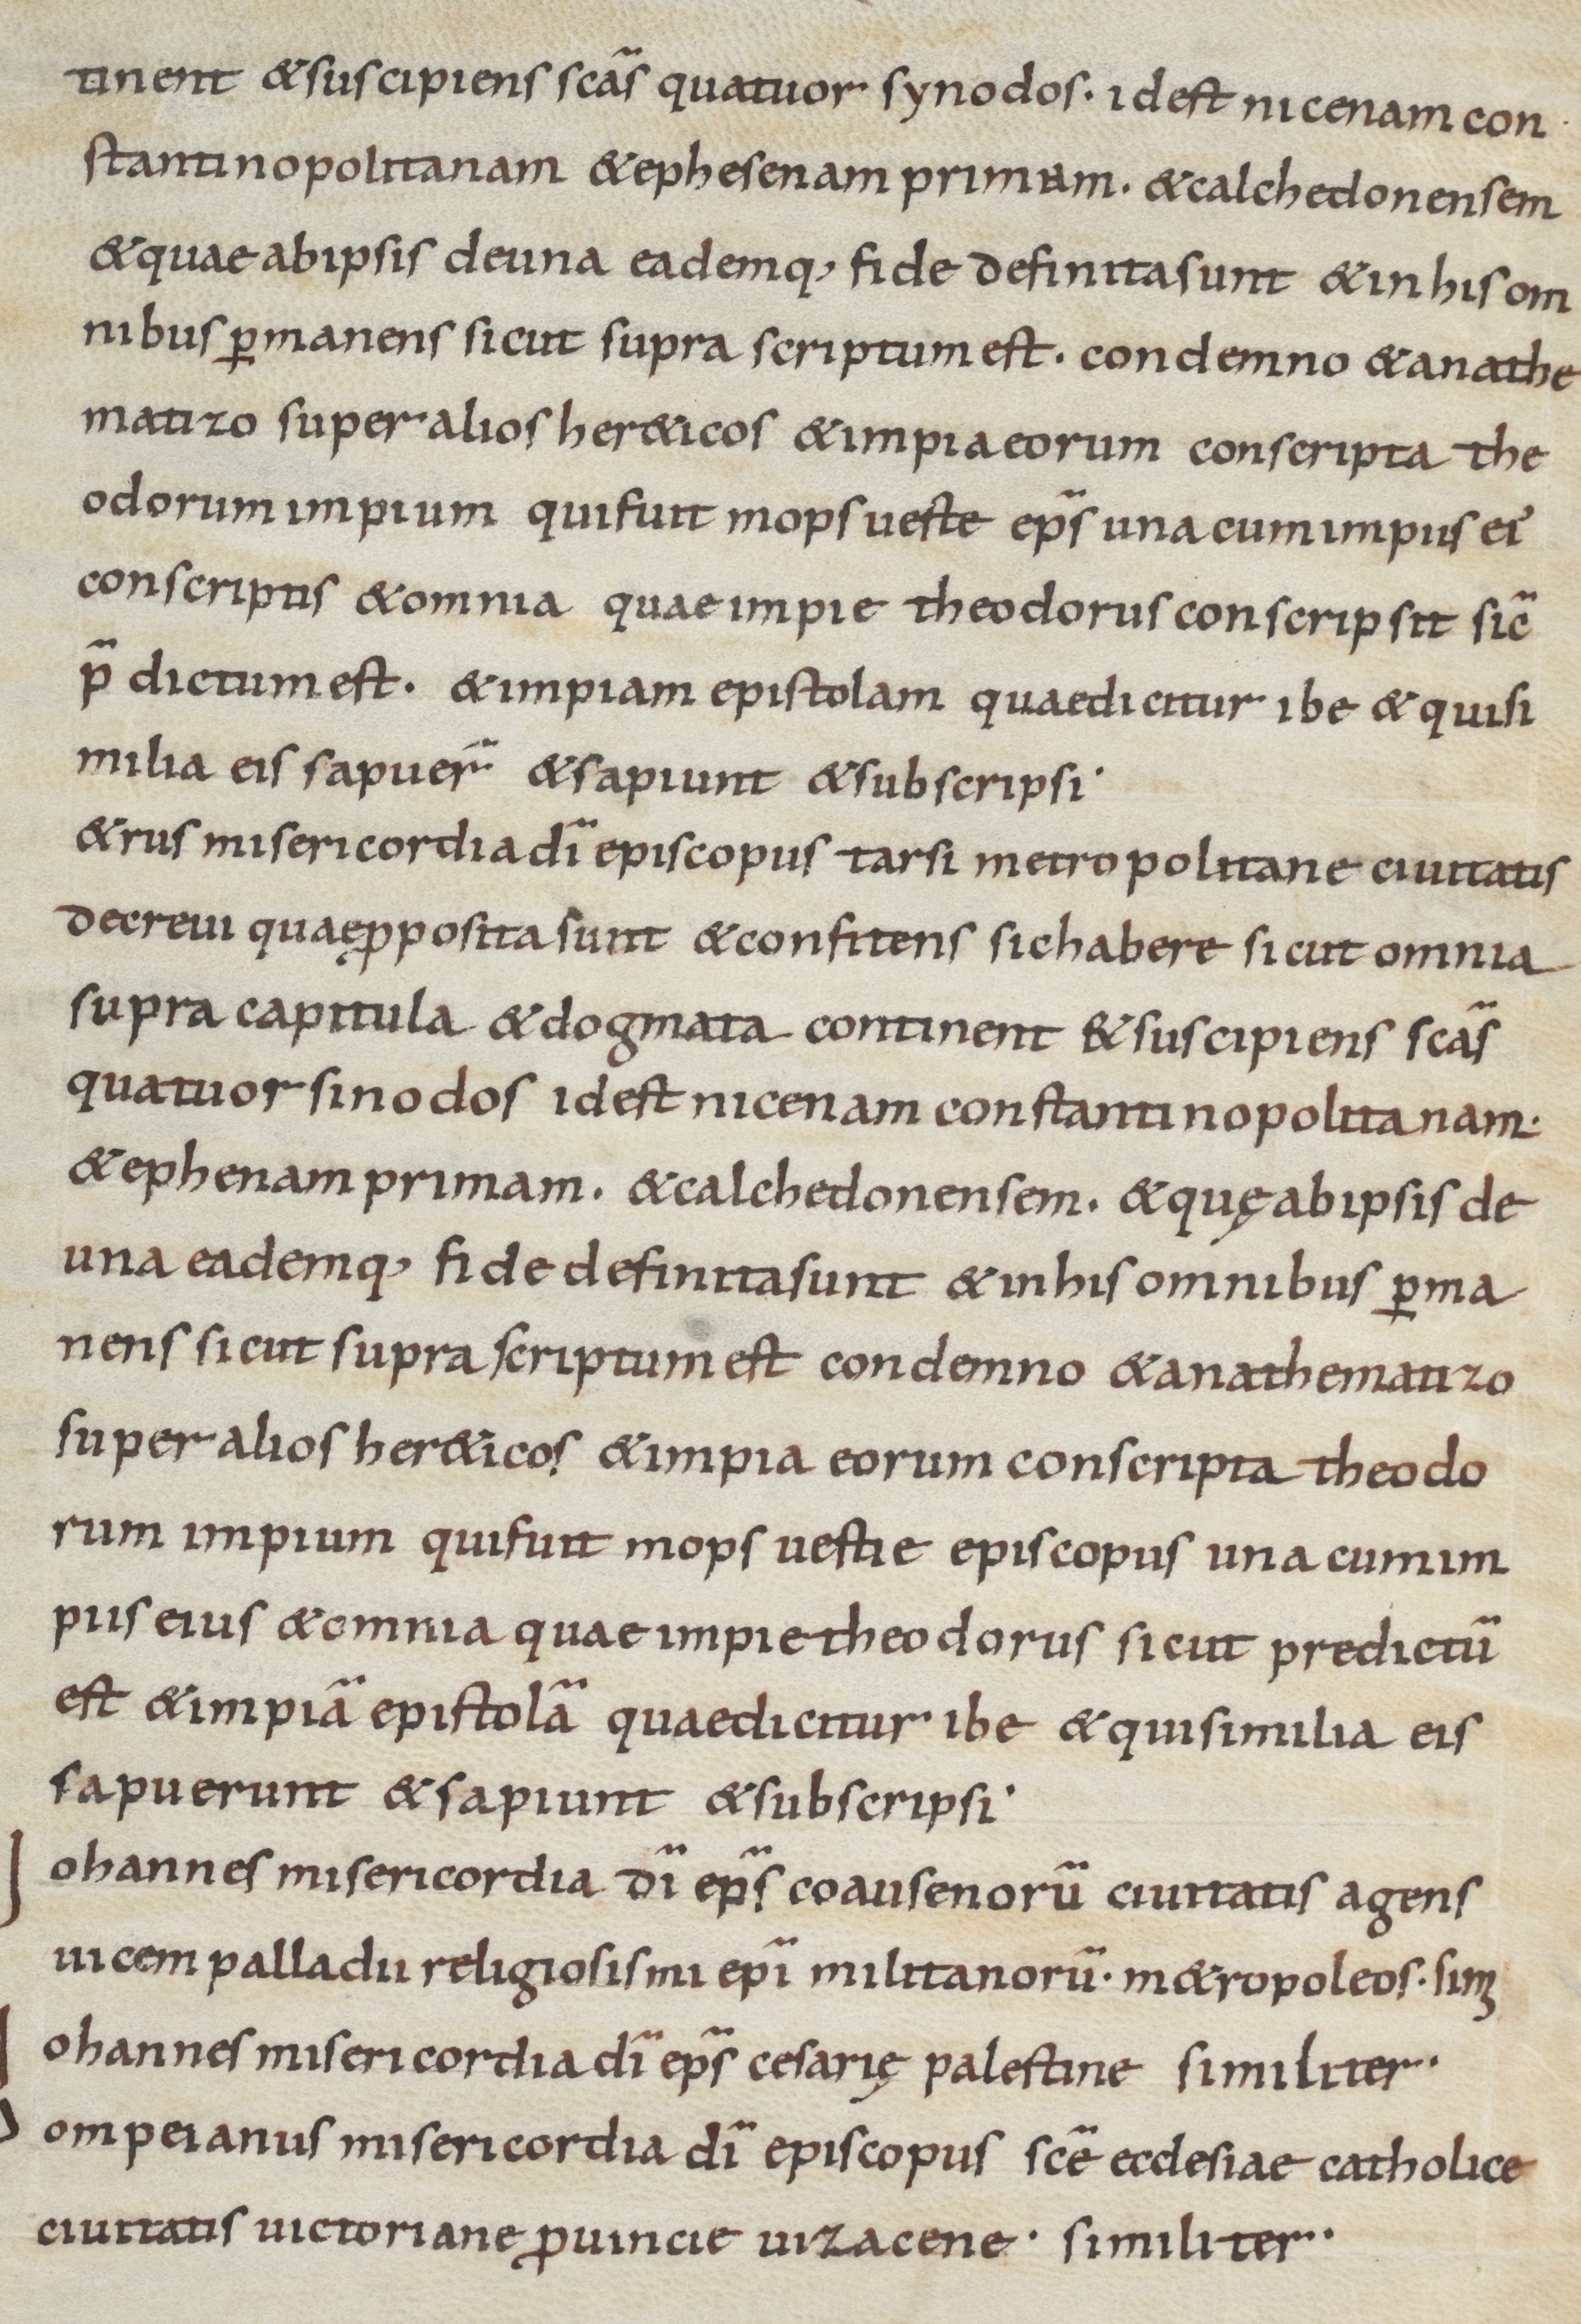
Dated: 800–899